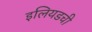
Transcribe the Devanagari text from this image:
इलियडची